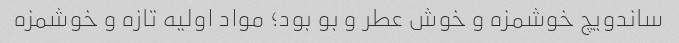
ساندویچ خوشمزه و خوش عطر و بو بود؛ مواد اولیه تازه و خوشمزه